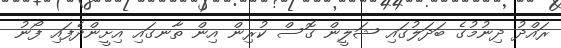
ރައްދު ދިނުމުގެ ބަދަލުގައި ޝަލީން ގޮސް ކުރިން އިން ތާނގައި އިށީންދެފައި ފޯނު